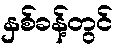
နှစ်ခန့်တွင်